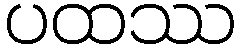
ပထဿ